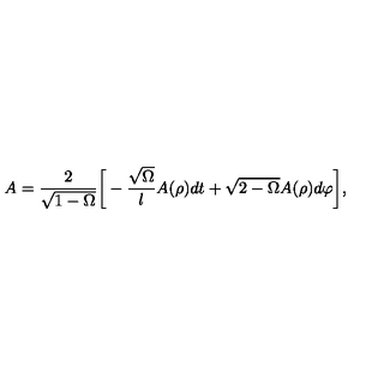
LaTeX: A = \frac { 2 } { \sqrt { 1 - \Omega } } { \biggl [ } - \frac { \sqrt { \Omega } } { l } A ( \rho ) d t + \sqrt { 2 - \Omega } A ( \rho ) d \varphi { \biggr ] } ,